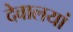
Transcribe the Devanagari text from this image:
देवालयां